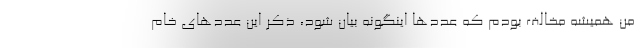
من همیشه مخالف بودم که عددها اینگونه بیان شود، ذکر این عددهای خام